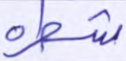
شطره